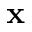
\mathbf { x }